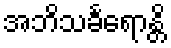
အဘိသင်္ခရောန္တိ